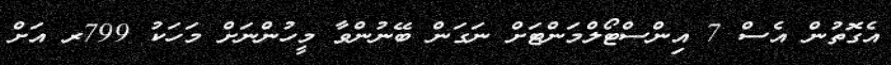
އެގޮތުން އެސް 7 އިންސްޓޯލްމަންޓަށް ނަގަން ބޭނުންވާ މީހުންނަށް މަހަކު 799ރ އަށް